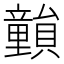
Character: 𥫎